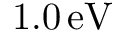
1 . 0 \, \mathrm { e V }